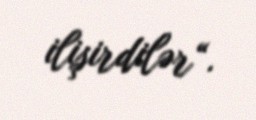
ilişirdilər“.